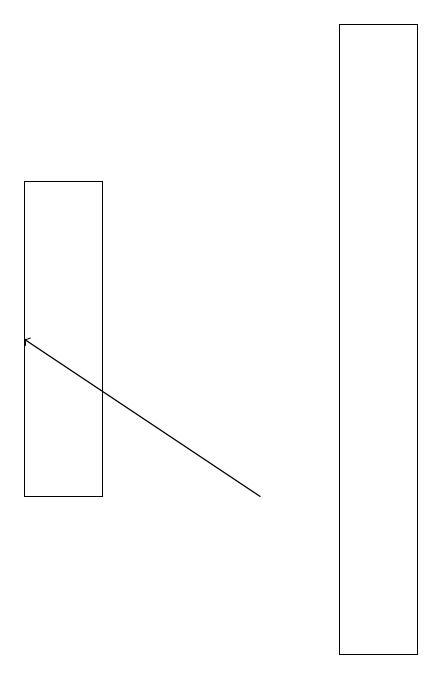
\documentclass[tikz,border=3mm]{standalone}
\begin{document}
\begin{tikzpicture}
\draw (4,11) rectangle (5,19);
\draw (0,13) rectangle (1,17);
\draw[->] (3,13) -- (0,15);
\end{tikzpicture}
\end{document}